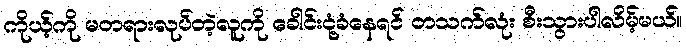
ကိုယ့်ကို မတရားလုပ်တဲ့လူကို ခေါင်းငုံ့ခံနေရင် တသက်လုံး စီးသွားပါလိမ့်မယ်။